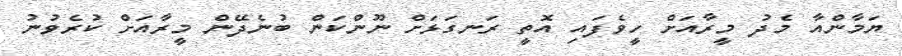
ޔަމާންއާ މެދު މީރާއަށް ހީވެފައި އޮތީ ރަނގަޅަށް ނޫންކަން ބުނެދޭން މީރާއަށް ކުރެވުނު